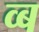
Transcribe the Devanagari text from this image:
व्ब